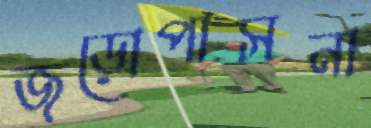
জড়োপাসনা